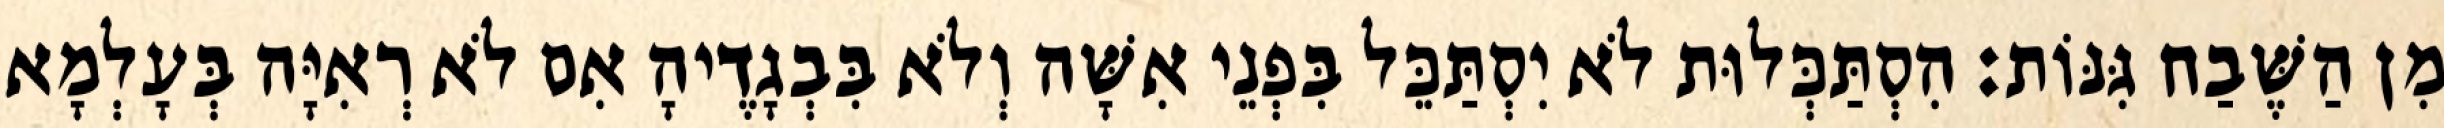
מִן הַשֶּׁבַח גִּנּוֹת: הִסְתַּכְּלוּת לֹא יִסְתַּכֵּל בִּפְנֵי אִשָּׁה וְלֹא בִּבְגָדֶיהָ אִם לֹא רְאִיָּה בְּעָלְמָא